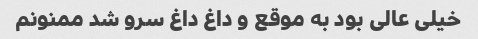
خیلی عالی بود به موقع و داغ داغ سرو شد ممنونم